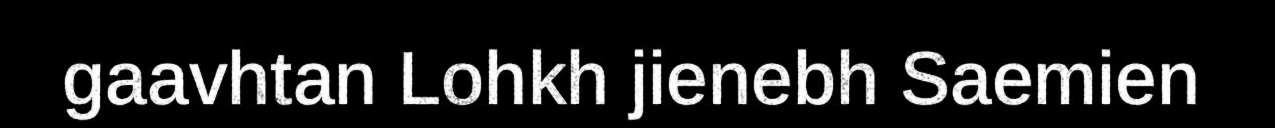
gaavhtan Lohkh jienebh Saemien